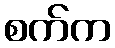
စက်က